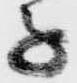
子